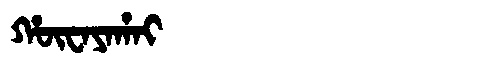
Manchu: ᡥᡡᠸᠠᠶᠠᡥᠠᡳ
Romanization: HŪWAYAHAI